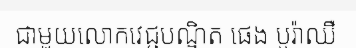
ជាមួយលោកវេជ្ជបណ្ឌិត ផេង បូរ៉ាឈឺ